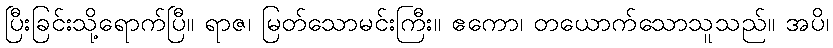
ပြီးခြင်းသို့ရောက်ပြီ။ ရာဇ၊ မြတ်သောမင်းကြီး။ ဧကော၊ တယောက်သောသူသည်။ အပိ၊